Indian Civil Veterinary Department memoirs
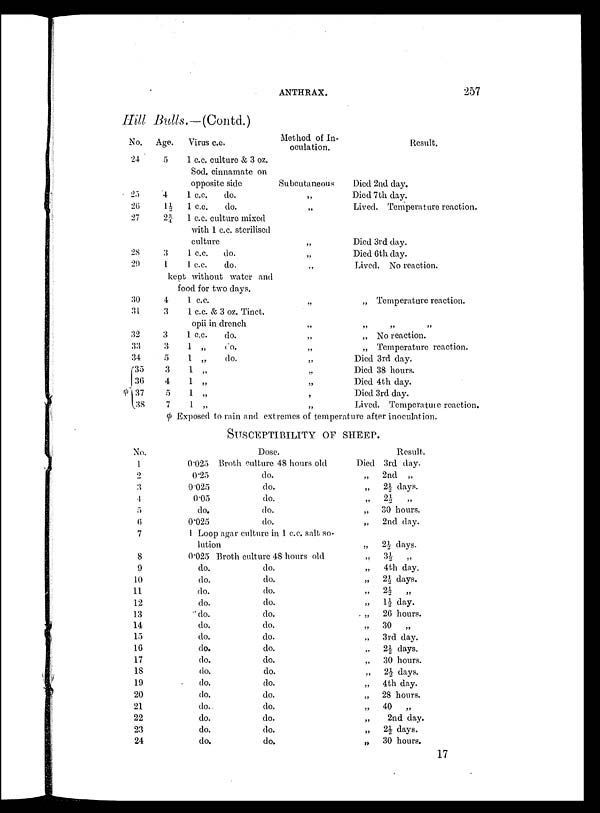
ANTHRAX.
257
Hill
Bulls.-(Contd.)
φ
No.
24
25
26
27
28
29
30
31
32
33
34
35
36
37
38
Age.
5
4
1½
2¾
3
1
Virus c.c.
1 c.c. culture & 3 oz.
Sod. cinnamate on
opposite side
1 c.c.
do.
1 c.c.
do.
1 c.c. culture mixed
with 1 c.c. sterilised
culture
1 c.c.
do.
1 c.c.
do.
kept without water and
4
3
3
3
5
3
4
5
7
1 c.c.
1 c.c. & 3 oz. Tinct.
opii in drench
1 c.c.
do.
1 „
do.
1 „
do.
1 „
1 „
1 „
1 „
Method of In-
oculation.
Subcutaneous
„
„
„
„
„
„
„
„
„
„
„
„
,
„
Result.
Died 2nd clay.
Died 7th day.
Lived. Temperature reaction.
Died 3rd day.
Died 6th day.
Lived. No reaction.
„ Temperature reaction.
„ „ „
„ No reaction.
„ Temperature reaction.
Died 3rd day.
Died 38 hours.
Died 4th day.
Died 3rd day.
Lived. Temperature reaction.
φ Exposed to rain and extremes of temperature after inoculation.
SUSCEPTIBILITY OF SHEEP.
No.
1
2
3
4
5
6
7
8
9
10
11
12
13
14
15
16
17
18
19
20
21
22
23
24
Dose.
0.025 Broth culture 48 hours old
0.25
0.025
0.05
do.
0.025
do.
do.
do.
do.
do.
1 Loop agar culture in 1 c.c. salt so
lution
0.025 Broth culture 48 hours old
do.
do.
do.
do.
do.
do.
do.
do.
do.
do.
do.
do.
do.
do.
do.
do.
do.
do.
do.
do.
do.
do.
do.
do.
do.
do.
do.
do.
do.
do.
do.
do.
Result.
Died 3rd day.
„
2nd „
„ 2½ days.
„ 2½
„
„
30 hours.
„
2nd day.
„ 2½ days.
„ 3½ „
„
4th day.
„ 2½ days.
„ 2½ „
„ 1½ day.
„
26 hours.
„
30
„
„
3rd day.
„ 2½ days.
„
30 hours.
„ 2½ days.
„
4th day.
„
28 hours.
„
40
„
„
2nd day.
„ 2½ days.
„ 30 hours.
17